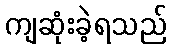
ကျဆုံးခဲ့ရသည်